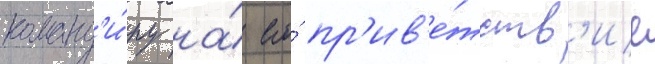
команд'и́ру на́ его́ пр'ив'е́тств'ие